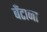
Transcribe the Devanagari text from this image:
बँटाना